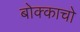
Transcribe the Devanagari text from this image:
बोक्काचो